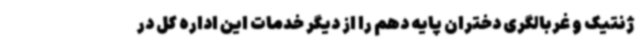
ژنتیک و غربالگری دختران پایه دهم را از دیگر خدمات این اداره کل در